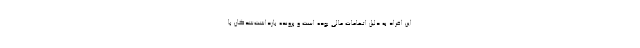
این افراد به دلیل اتهامات مالی بوده است و پرونده بازداشت‌شدگان با